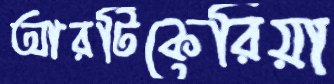
আরটিকেরিয়া